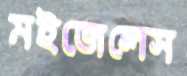
মইজেলেস